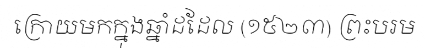
ក្រោយមកក្នុងឆ្នាំដដែល (១៥២៣) ព្រះបរម